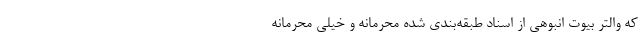
که والتر بیوت انبوهی از اسناد طبقه‌بندی شده محرمانه و خیلی محرمانه